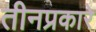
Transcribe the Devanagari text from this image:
तीनप्रकारे